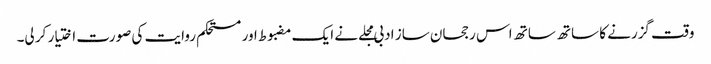
وقت گزرنے کا ساتھ ساتھ اس رجحان ساز ادبی مجلے نے ایک مضبوط اور مستحکم روایت کی صورت اختیار کر لی۔